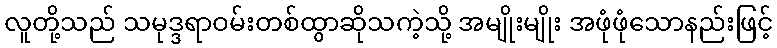
လူတို့သည် သမုဒ္ဒရာဝမ်းတစ်ထွာဆိုသကဲ့သို့ အမျိုးမျိုး အဖုံဖုံသောနည်းဖြင့်